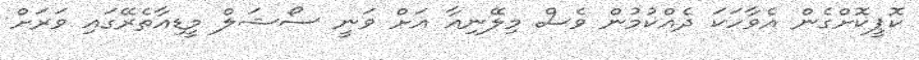
ކޮޕީކޮށްގެން އެވާހަކަ ދެއްކުމުން ވެސް މިލޭނިއާ އަށް ވަނީ ސޯޝަލް މީޑިއާތެރޭގައި ވަރަށް